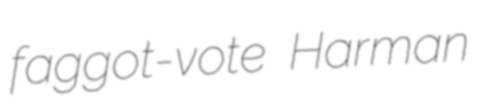
faggot-vote Harman